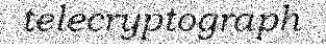
telecryptograph